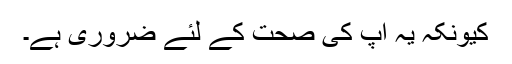
کیونکہ یہ آپ کی صحت کے لئے ضروری ہے۔